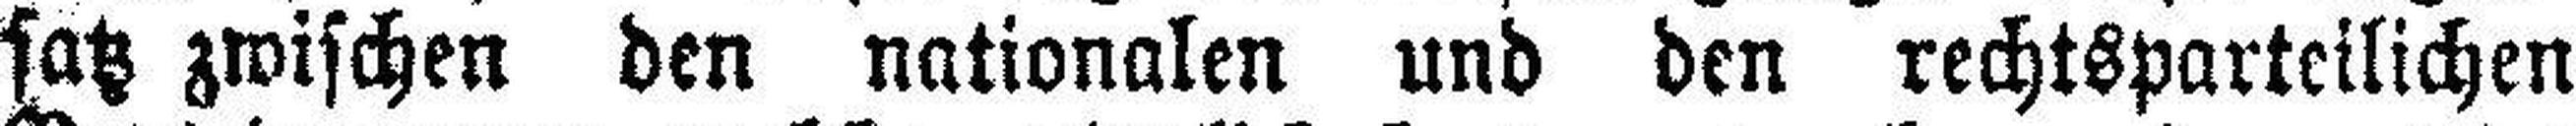
satz zwischen den nationalen und den rechtsparteilichen